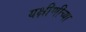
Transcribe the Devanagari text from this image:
यक्षीणीच्या